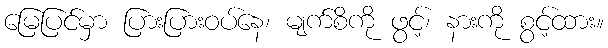
မြေပြင်မှာ ပြားပြားဝပ်နေ၊ မျက်စိကို ဖွင့်၊ နားကို စွင့်ထား။